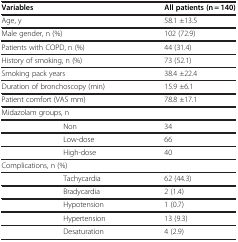
<table><thead><tr><td colspan="2"><b>Variables</b></td><td><b>All patients (n = 140)</b></td></tr></thead><tbody><tr><td colspan="2">Age, y</td><td>58.1 ±13.5</td></tr><tr><td colspan="2">Male gender, n (%)</td><td>102 (72.9)</td></tr><tr><td colspan="2">Patients with COPD, n (%)</td><td>44 (31.4)</td></tr><tr><td colspan="2">History of smoking, n (%)</td><td>73 (52.1)</td></tr><tr><td colspan="2">Smoking pack years</td><td>38.4 ±22.4</td></tr><tr><td colspan="2">Duration of bronchoscopy (min)</td><td>15.9 ±6.1</td></tr><tr><td colspan="2">Patient comfort (VAS mm)</td><td>78.8 ±17.1</td></tr><tr><td colspan="2">Midazolam groups, n</td><td> </td></tr><tr><td> </td><td>Non</td><td>34</td></tr><tr><td> </td><td>Low-dose</td><td>66</td></tr><tr><td> </td><td>High-dose</td><td>40</td></tr><tr><td colspan="2">Complications, n (%)</td><td> </td></tr><tr><td> </td><td>Tachycardia</td><td>62 (44.3)</td></tr><tr><td> </td><td>Bradycardia</td><td>2 (1.4)</td></tr><tr><td> </td><td>Hypotension</td><td>1 (0.7)</td></tr><tr><td> </td><td>Hypertension</td><td>13 (9.3)</td></tr><tr><td> </td><td>Desaturation</td><td>4 (2.9)</td></tr></tbody></table>